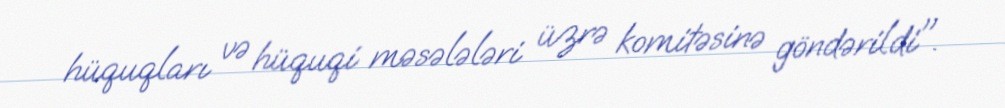
hüquqları və hüquqi məsələləri üzrə komitəsinə göndərildi".